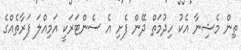
ތިން މެޝިނާ އެކު ހިދުމަތް ދޭން ފެށި އެ ސެންޓަރަކީ އަމިއްލަ ފަރާތެއްގެ